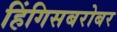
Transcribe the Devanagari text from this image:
हिंगिसबरोबर